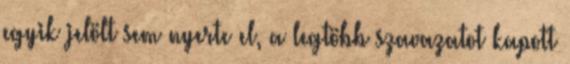
egyik jelölt sem nyerte el, a legtöbb szavazatot kapott